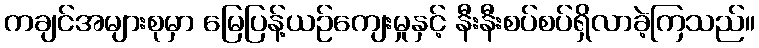
ကချင်အများစုမှာ မြေပြန့်ယဉ်ကျေးမှုနှင့် နီးနီးစပ်စပ်ရှိလာခဲ့ကြသည်။